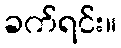
ခက်ရင်း။